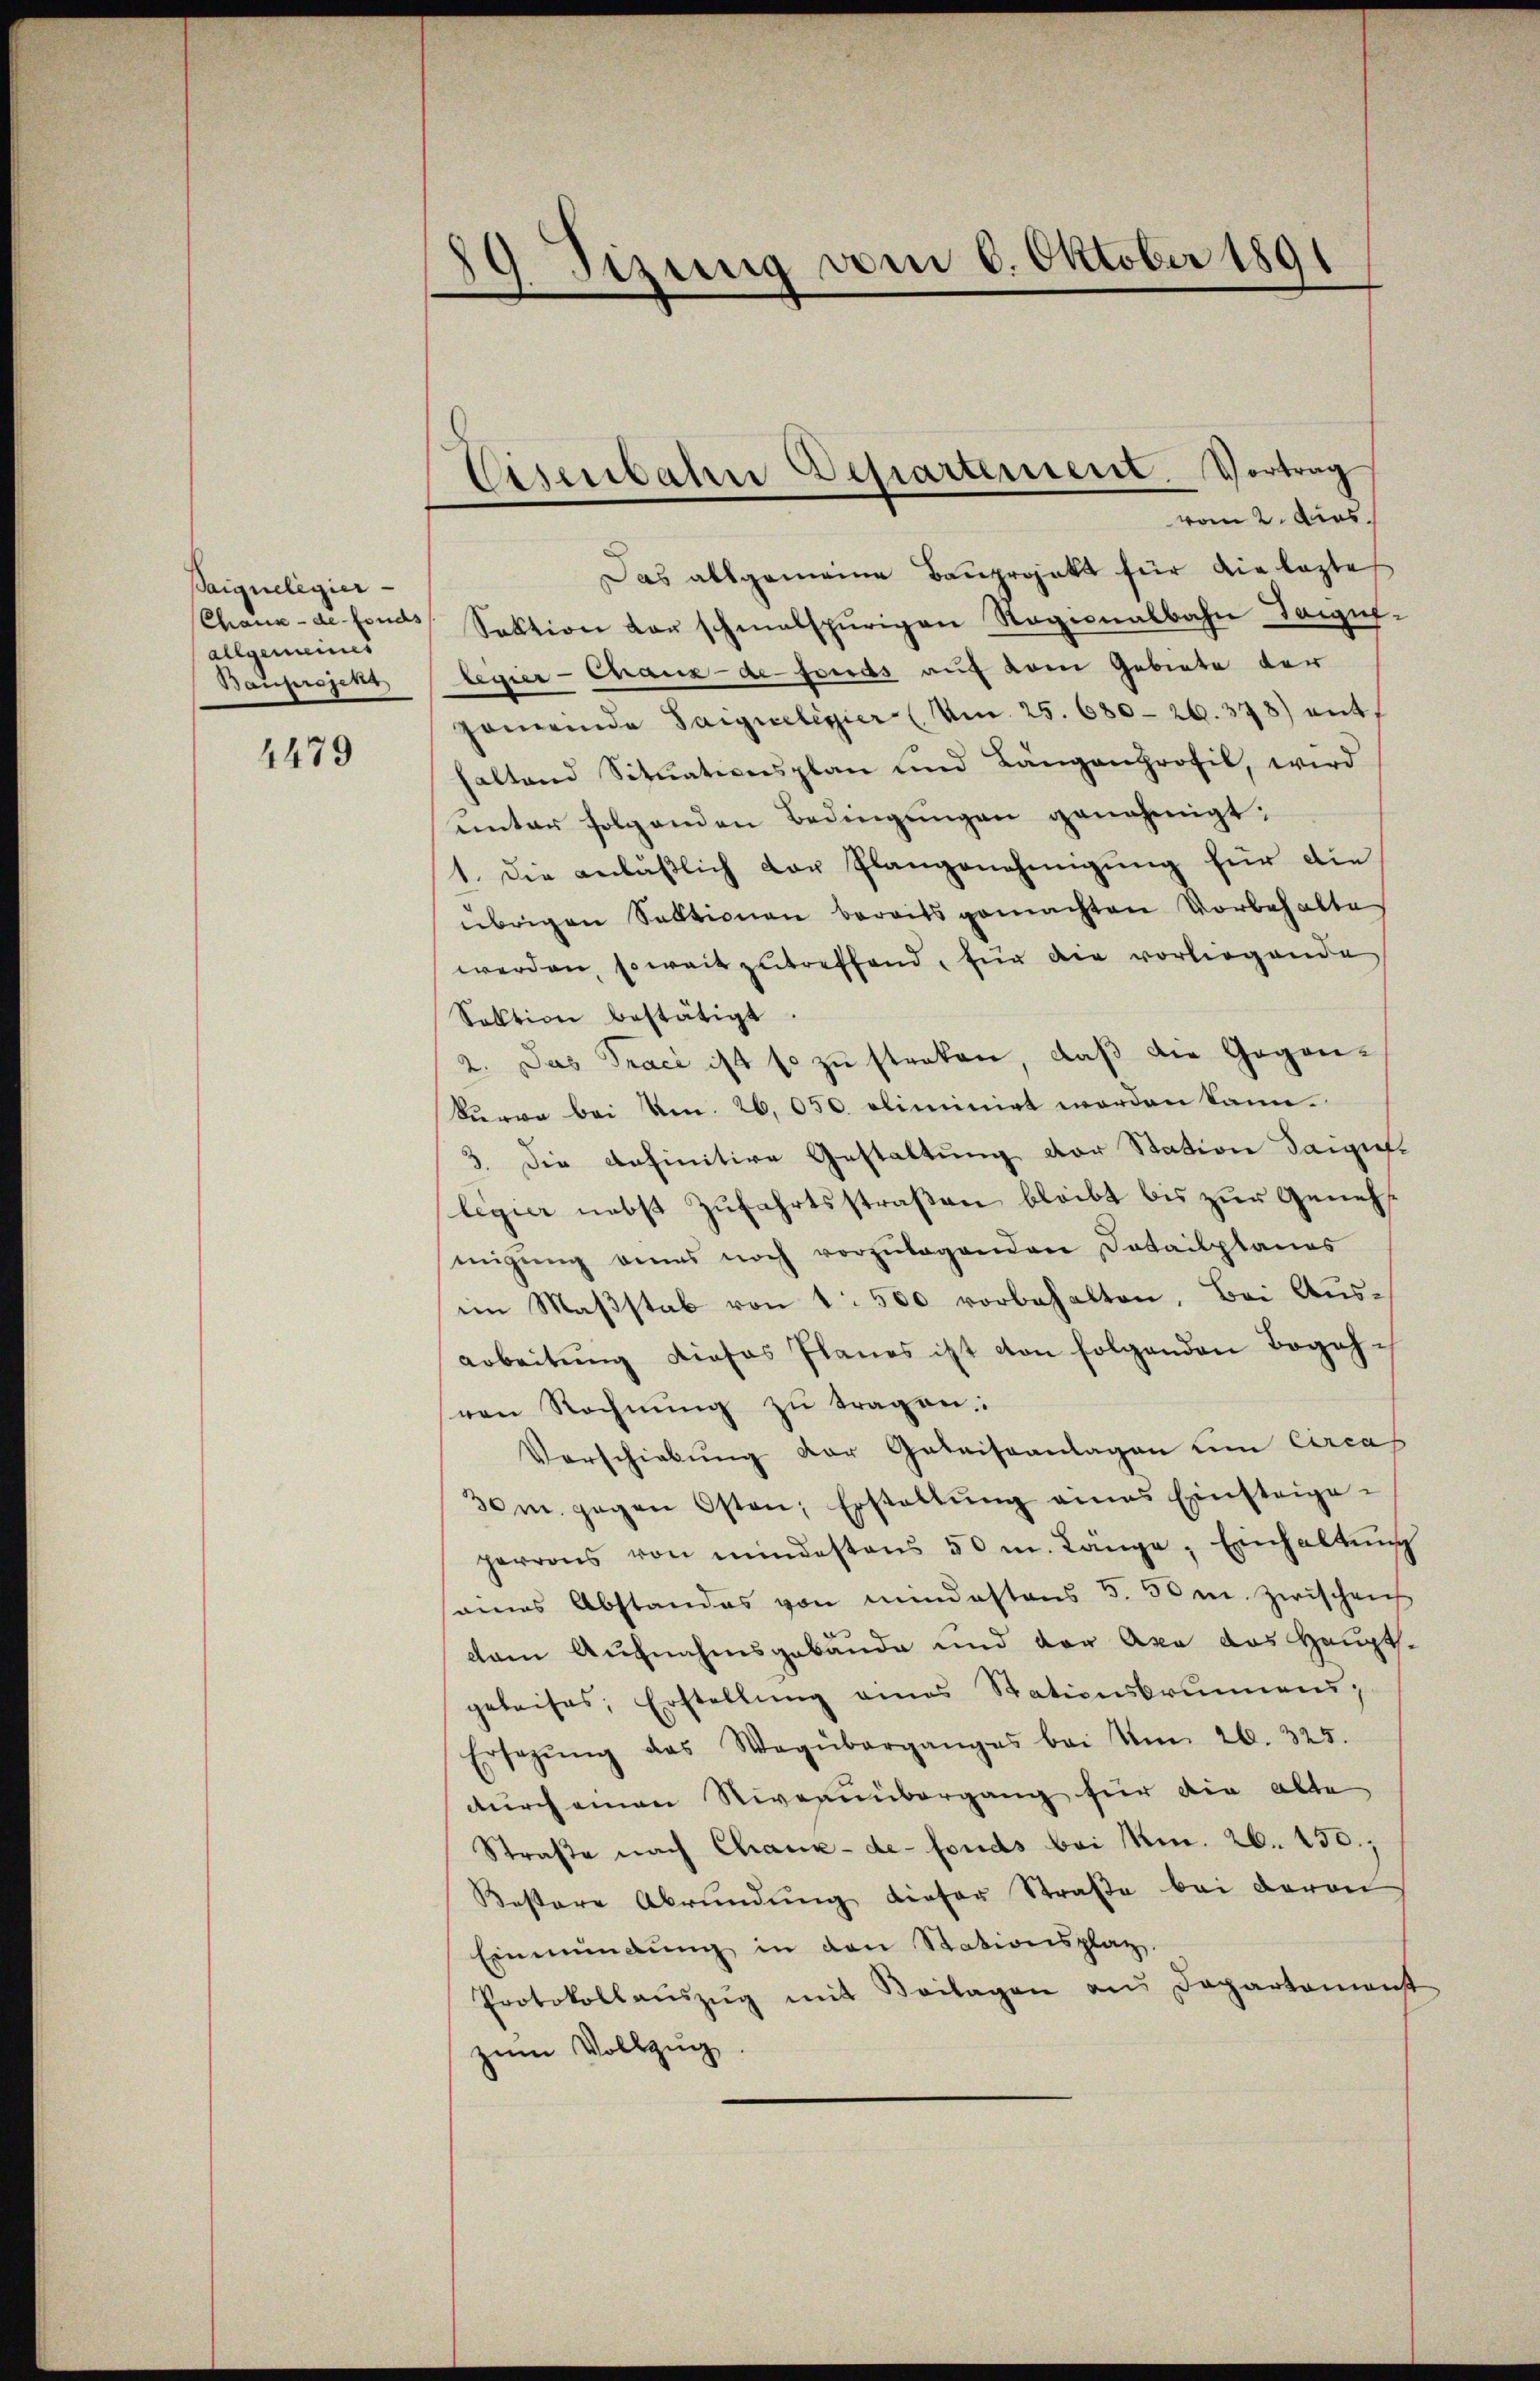
Saignelegier
Chaux-de-Fonds
allgemeines
Bauprojekt

1479

89 Tizung vom 6. Oktober 1891
e
.

Eisenbahn Departement. Vortrag

vom 2. Aus
Das allgemeine Baŭprojekt für die lezte
Sektion vor schmalspurigen Ragionalbahn Tauf-
legier-Chaux-de-Fonds auf dem Gebiete der
homende Sargueligier (Am. 25. 680. 26. 378) entsaltend Sitŭationsplan und Längenprofil, wird
ŭnter folgenden Bedingŭngen genehmigt.
1. Die anläβlich der Plangenehmigung für die
übrigen Sektionen bereits gemachten Vorbehalte
werden, soweit zutreffend, für die vorliegende
Sektion bestätigt.
2. Das Trace ist so zu streken, daß die Gegenkerve bei Nr. 26,050 oliminirt worden kann.
3. Die definitive Gestaltung der Station daiziellegier nebst Zufahrtsstraßen bleibt bis zur Genehmigŭng eines noch vorzŭlagenen Datailplanes
im Maßstab von 1 500 vorbehalten, Bei Ausarbeitung dieses Planes ist von folgenden Begehven Rechnung zu tragen.
Vorschiebung der Getrissanlagen um Circas
30m. gegen Osten; Erstattŭng amas Einsteige-
herrons von mindestens 50 m. Länge, Einhaltŭng
anes Abstandes von mindestens 5. 50 m. Zwischen
dam Aufnahmsgebäude und der Axa das Hauptgeleises, Erstellŭng eines Stationsbrunnen,
Ersetzŭng das Wegüberganges bei Um 26. 325.
durch einen Niveauübergang für die alte
Straße nach Chaux-de-Fonds bei Min. 26. 450.
Kostere Abrŭndŭng dieser Straße bei davon,
Einmündŭng in den Stationsplat
Protokollaŭszŭg mit Beilagen ans Departement
zum Vollzug